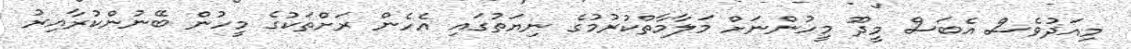
މިއަދުވެސް އެބަސް މީދޫ މީހުންނަށް މަލާމާތްކުރުމުގެ ނިޔަތުގައި އެހެން ރަށްތަކުގެ މީހުން ބޭނުންކުރާއިރު